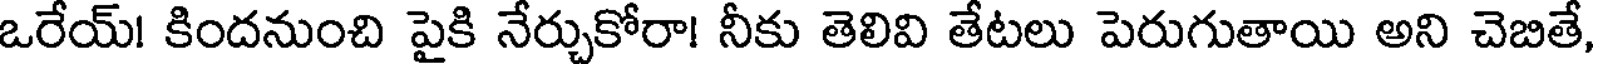
ఒరేయ్! కిందనుంచి పైకి నేర్చుకోరా! నీకు తెలివి తేటలు పెరుగుతాయి అని చెబితే